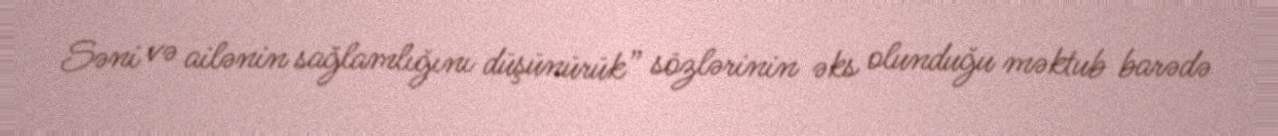
Səni və ailənin sağlamlığını düşünürük” sözlərinin əks olunduğu məktub barədə